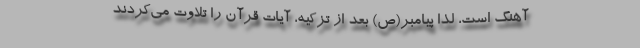
آهنگ است، لذا پیامبر(ص) بعد از تزکیه، آیات قرآن را تلاوت می‌کردند